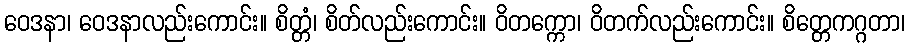
ဝေဒနာ၊ ဝေဒနာလည်းကောင်း။ စိတ္တံ၊ စိတ်လည်းကောင်း။ ဝိတက္ကော၊ ဝိတက်လည်းကောင်း။ စိတ္တေကဂ္ဂတာ၊